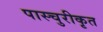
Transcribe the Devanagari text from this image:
पास्चुरीकृत